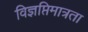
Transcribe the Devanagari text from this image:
विज्ञप्तिमात्रता